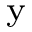
_ \textrm { y }